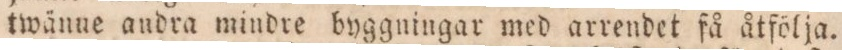
twänue andra mindre byggningar med arrendet få åtfölja.